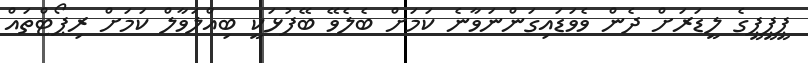
ޕީޕީޕީގެ ލީޑަރަށް ދެން ވެވަޑައިގަންނަވާނެ ކަމަށް ބެލެވޭ ބޭފުޅަކީ ބިއްލަވާލް ކަމަށް ރިޕޯޓްތައް